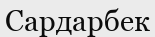
Сардарбек